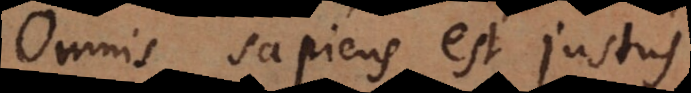
Omnis sapiens est justus.